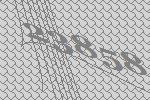
23858